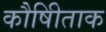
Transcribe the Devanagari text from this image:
कौषीिताक